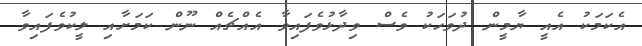
އެކަމަކު އެއީ ޔާމީން ދުވަހަކު ވެސް ވިދާޅުވެފައިވާ އެއްޗެއް ނޫން ކަމަށާއި ލީކުވެފައިވާ